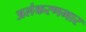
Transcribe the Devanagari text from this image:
अलंकरणभार